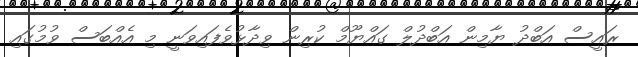
ރައީސް އަބްދު ޔާމިން އަބްދުލް ގައްޔޫމް ކުރިން ވިދާޅުވެފައިވަނީ މި އެއްބަސް ވުމުގައި